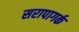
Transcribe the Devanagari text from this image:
सरापागर्क